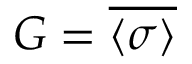
G = { \overline { { \langle \sigma \rangle } } }